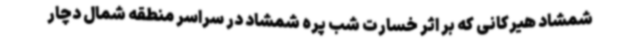
شمشاد هیرکانی که بر اثر خسارت شب پره شمشاد در سراسر منطقه شمال دچار